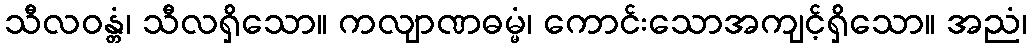
သီလဝန္တံ၊ သီလရှိသော။ ကလျာဏဓမ္မံ၊ ကောင်းသောအကျင့်ရှိသော။ အညံ၊